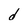
Character: d